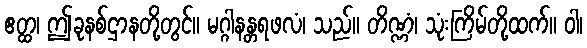
ဧတ္ထ၊ ဤခုနစ်ဌာနတို့တွင်။ မဂ္ဂါနန္တရဖလံ၊ သည်။ တိဏ္ဏံ၊ သုံးကြိမ်တို့ထက်။ ဝါ၊